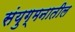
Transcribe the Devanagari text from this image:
संयुग्मनातील